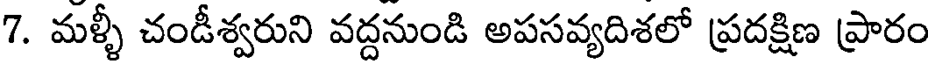
7. మళ్ళీ చండీశ్వరుని వద్దనుండి అపసవ్యదిశలో ప్రదక్షిణ ప్రారం